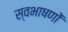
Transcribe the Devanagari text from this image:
स्वभाषणों